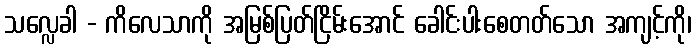
သလ္လေခါ - ကိလေသာကို အမြစ်ပြတ်ငြိမ်းအောင် ခေါင်းပါးစေတတ်သော အကျင့်ကို၊